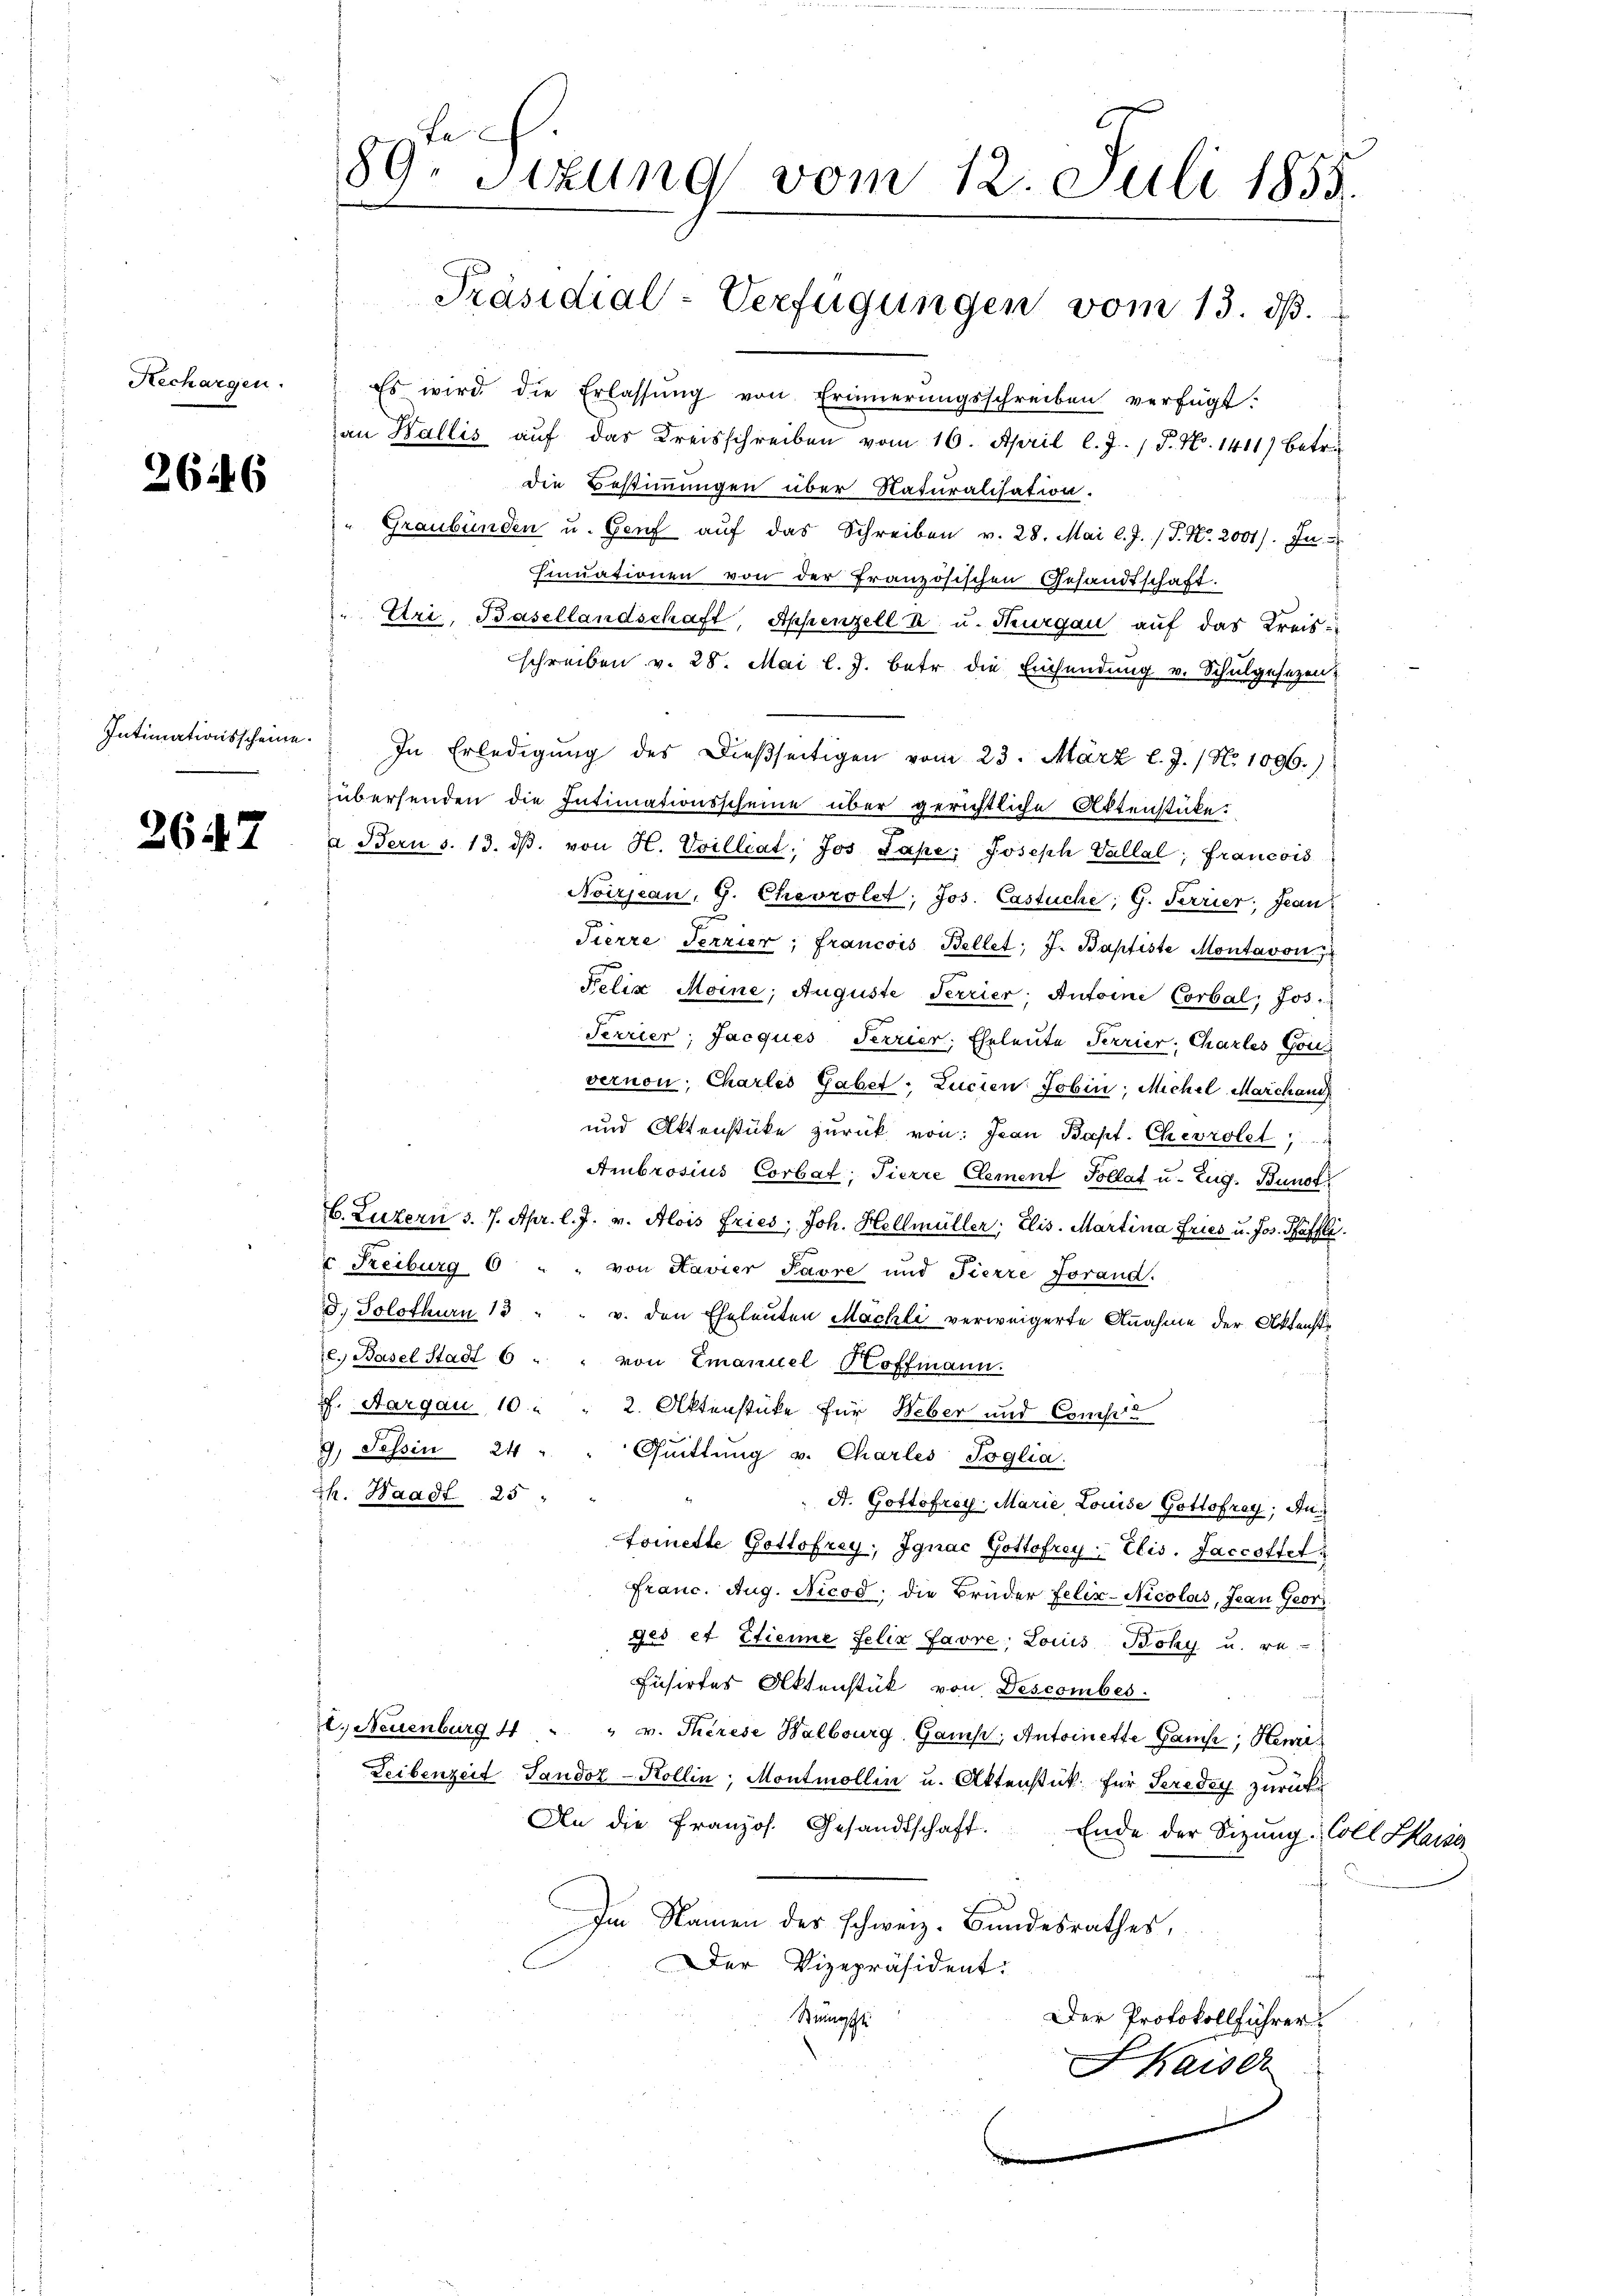
Rechargen.

2646

Intimationsscheine.

2647

89. Sizung vom 12. Juli 1855.

Es wird die Erlassŭng von Erinnerungsschreiben verfügt:
an Wallis aŭf das Kreisschreiben vom 16. April l. J. P. N. 1411) Betr.
die Bestimmungen über Naturalisation.
" Graubünden u. Genf aŭf das Schreiben v. 28. Mai l. J. P. Nr. 2001). In
sinuationen von der französischen Gesandtschaft.
" Uri, Basellandschaft, Appenzell I. u. Thurgau auf das Kreis-
schreiben v. 28. Mai l. J. betr die Einsendung v. Schulgesezen,
In Erledigung des dießseitigen vom 23. März l. J. / No 1096.)
übersenden die Intimationsscheine über gerichtliche Aktenstücke.
a Bern s. 13. dβ. von H. Voilliat. Jos Pape, Joseph Vallal; francois
Noirjean, G. Chevrolet, Jos. Castuche; G. Ferrier; Jean
Pierre Terrier, francois Bellet, J. Baptiste Montavon
Felix Moine; Auguste Terrier, Antoine Corbal; Jos.
Terrier, Jacques Terrier, Eheleute Terrier, Chartes Gou
vernon; Charles Gabet, Lucien Jobin, Michel Marchaus
und Aktenstüke zurück von: Jean Bapt. Chevrolet
Ambrosius Corbat, Tierre Clement Pollat u. Eug. Bunst
. Luzern d. 7. Apr. l. J. v. Alois Fries, Joh. Hellmüller, Elis. Martina Fries u. Jos. Haffli
 Freiburg 6 " " von Lavier Pavre und Fierre Forand.
d. Solothurn 13 " " v. den Eheleuten Machli verweigerte Annahme der Aktenste. Basel Stadt 6 " " von Emanuel Hoffmann.
pf. Aargau 10 " " 2. Aktenstüke für Weber und Compie
9. Tessin 24 " " Quittung v. Charles-Soglia.
Sh. Waadt 25
A. Gottofrey Marie, Louise Gottofray, An¬
Fomette Gottofrey, Jgnac Gottofrey  Elis. Jacottet.
Franc. Aug. Nicod; die Brüder Felix-Nicolas, Jean Geor
ges et Etienne Felix Favre, Lois Bohy u. re-
Fusirter Aktenstük von Descombes.
l. Neuenburg 4 " " v. Therese Halbourg Gamp, Antoinette Ganse, Henze
Leibenzeit Sandoz-Kollin, Montmollin u. Aktenstück für Seredey zurück
An die französ. Gesandtschaft. Ende der Sizŭng Coll Sara
Im Namen der schweiz. Bundesrathes,
Der Vizepräsident:
Steinsche
Der Protokollführer
SKaiser
.

Präsidial-Verfügungen vom 13. dß.